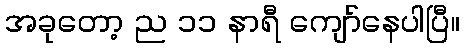
အခုတော့ ည ၁၁ နာရီ ကျော်နေပါပြီ။